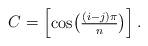
LaTeX: \begin{align*}C=\begin{bmatrix}\cos\bigl(\frac{(i-j)\pi}{n}\bigr)\end{bmatrix}.\end{align*}